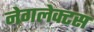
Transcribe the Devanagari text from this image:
नेगलेक्टस